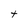
Character: t